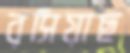
রসিয়াছ